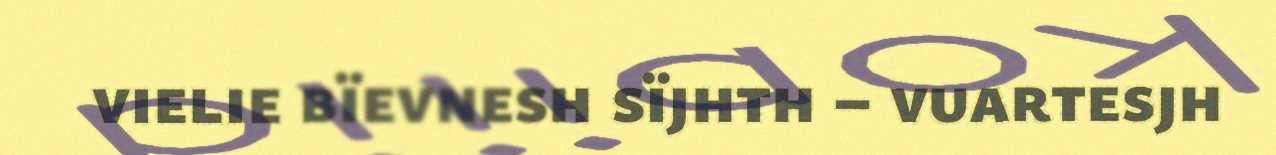
vielie bïevnesh sïjhth – vuartesjh